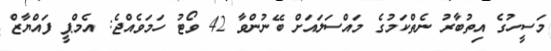
މަސީހުގެ އިތުބާރު ނެތްކަމުގެ މައްސަލައަށް ބޭނުންވާ 42 ވޯޓު ހަމަވެއްޖެ: އެމްޕީ ފައްޔާޒް